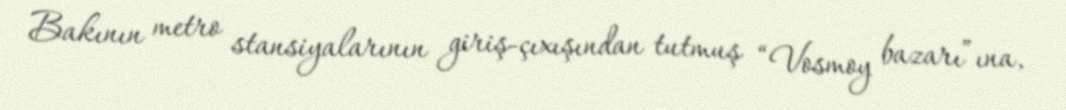
Bakının metro stansiyalarının giriş-çıxışından tutmuş “Vosmoy bazarı”ına,